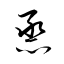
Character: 烝